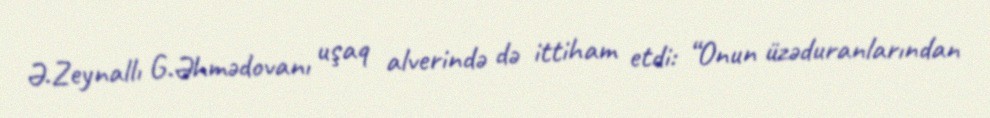
Ə.Zeynallı G.Əhmədovanı uşaq alverində də ittiham etdi: “Onun üzəduranlarından